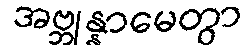
အဗ္ဘုန္နာမေတွာ